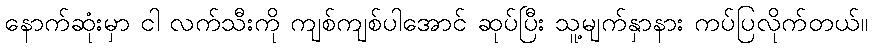
နောက်ဆုံးမှာ ငါ လက်သီးကို ကျစ်ကျစ်ပါအောင် ဆုပ်ပြီး သူ့မျက်နှာနား ကပ်ပြလိုက်တယ်။